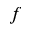
f